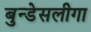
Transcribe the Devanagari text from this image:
बुन्डेसलीगा